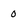
Character: o